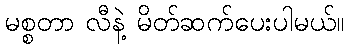
မစ္စတာ လီနဲ့ မိတ်ဆက်ပေးပါမယ်။